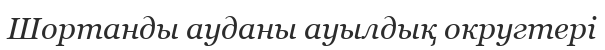
Шортанды ауданы ауылдық округтері